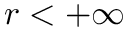
r < + \infty